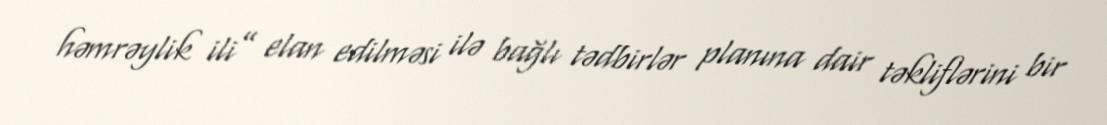
həmrəylik ili” elan edilməsi ilə bağlı tədbirlər planına dair təkliflərini bir